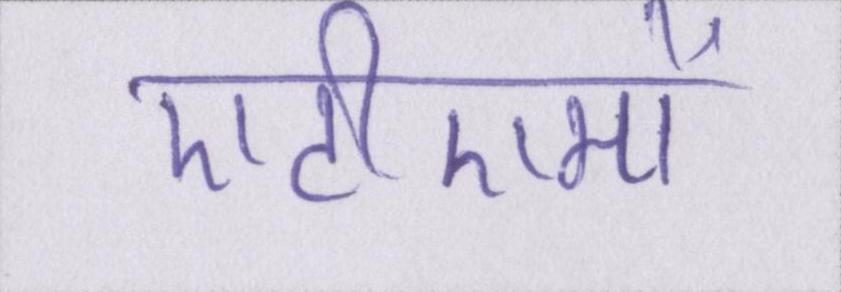
एटीएमों